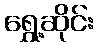
ရွှေ့ဆိုင်း